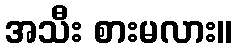
အသီး စားမလား။